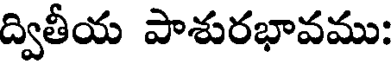
ద్వితీయ పాశురభావము: